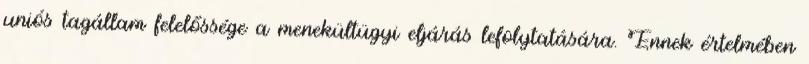
uniós tagállam felelőssége a menekültügyi eljárás lefolytatására. Ennek értelmében